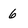
Character: 6